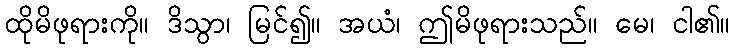
ထိုမိဖုရားကို။ ဒိသွာ၊ မြင်၍။ အယံ၊ ဤမိဖုရားသည်။ မေ၊ ငါ၏။